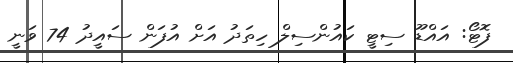
ފޮޓޯ: އައްޑޫ ސިޓީ ކައުންސިލް ހިތަދު އަށް އުފަން ސައީދު 74 ވަނީ